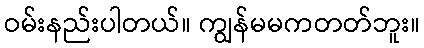
ဝမ်းနည်းပါတယ်။ ကျွန်မမကတတ်ဘူး။